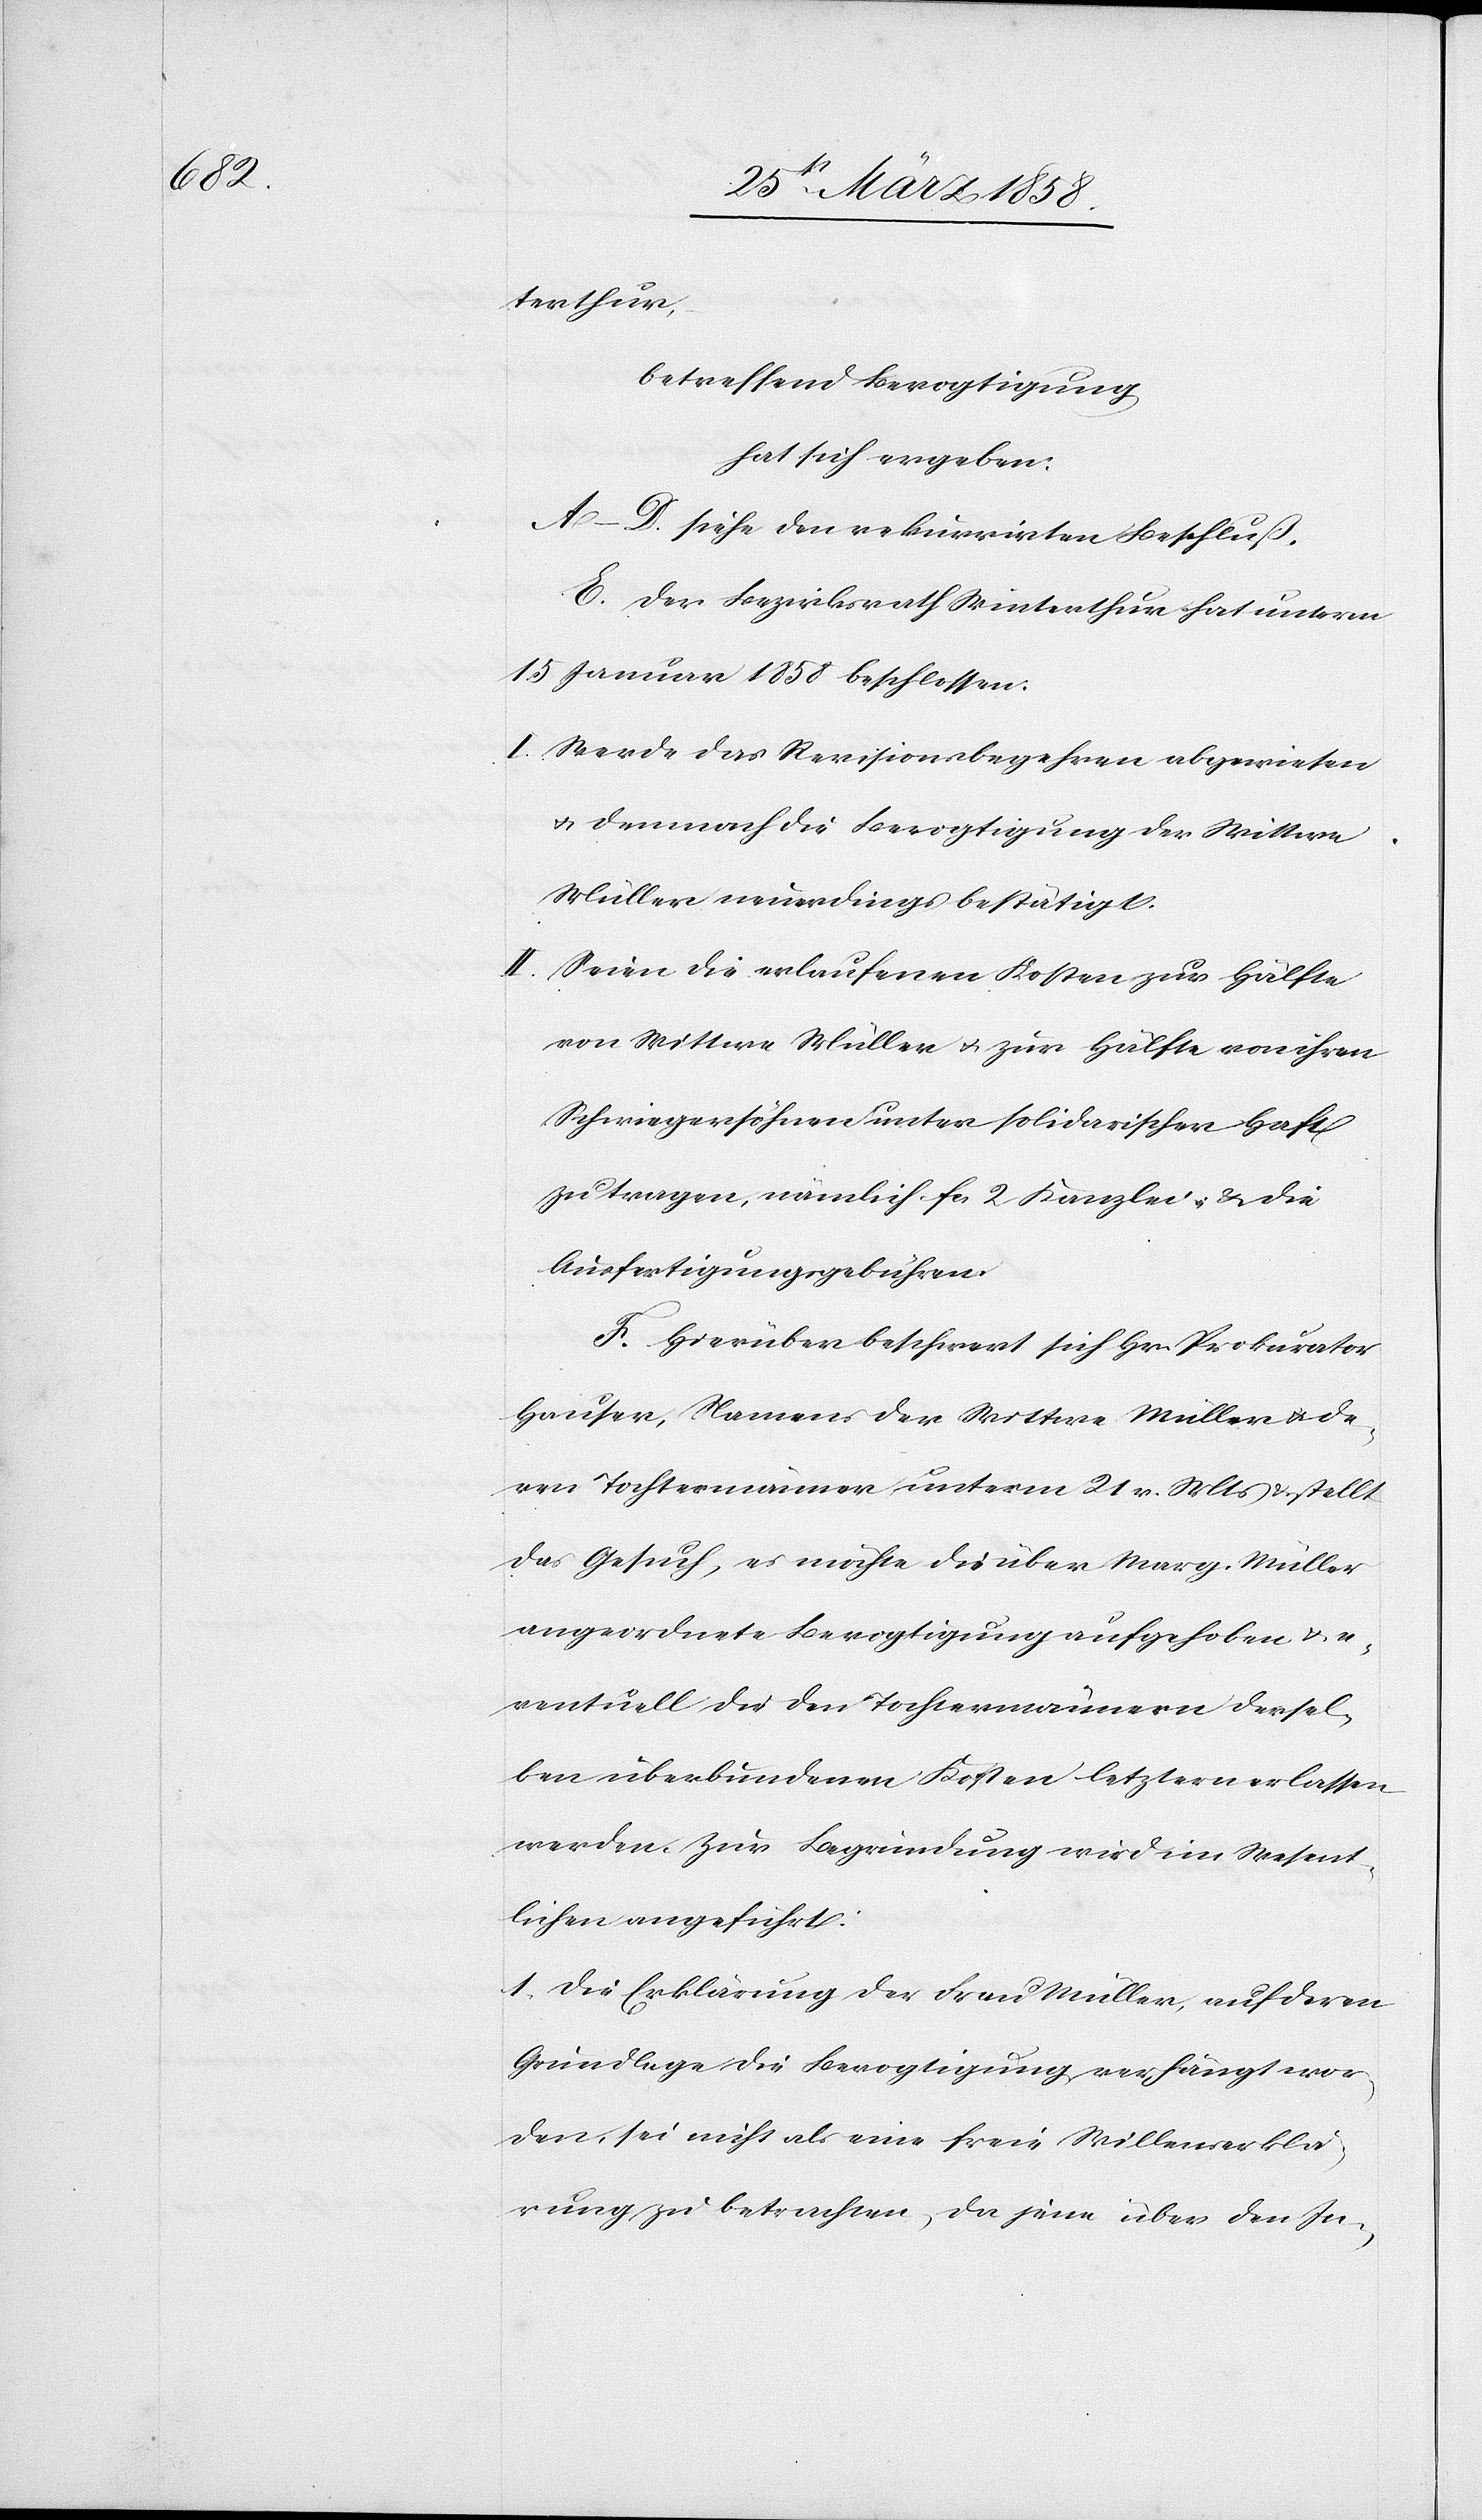
terthur,
betreffend Bevogtigung
hat sich ergeben:
A–D. siehe den rekurrirten Beschluß.
E. Der Bezirksrath Winterthur hat unterm
15. Januar 1858 beschlossen:
I. Werde das Revisionsbegehren abgewiesen
u. demnach die Bevogtigung der Wittwe
Müller neuerdings bestätigt.
II. Seien die erlaufenen Kosten zur Hälfte
von Wittwe Müller u. zur Hälfte von ihren
Schwiegersöhnen unter solidarischer Haft
zu tragen, nämlich fcs. 2 Kanzlei- & die
Ausfertigungsgebühren.
F. Hierüber beschwert sich Hr. Prokurator
Hauser, Namens der Wittwe Müller u. de¬
ren Tochtermänner unterm 21. v. Mts. & stellt
das Gesuch, es möchte die über Marg. Müller
angeordnete Bevogtigung ausgehoben u. e¬
ventuell die den Tochtermännern dersel¬
ben überbundenen Kosten letztern erlassen
werden. Zur Begründung wird im Wesent¬
lichen angeführt:
1) Die Erklärung der Frau Müller, auf deren
Grundlage die Bevogtigung verhängt wor¬
den, sei nicht als eine freie Willenserklä¬
rung zu betrachten, da jene über den In-